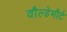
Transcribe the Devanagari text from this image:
वौल्डेमौर्ट